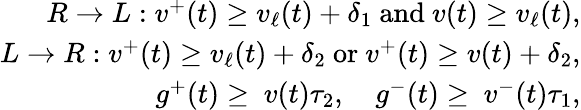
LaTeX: \begin{array}{r}{R\rightarrow L:v^{+}(t)\geq v_{\ell}(t)+\delta_{1}\ \mathrm{and}\ v(t)\geq v_{\ell}(t),}\\ {L\rightarrow R:v^{+}(t)\geq v_{\ell}(t)+\delta_{2}\ \mathrm{or}\ v^{+}(t)\geq v(t)+\delta_{2},}\\ {g^{+}(t)\geq\ v(t)\tau_{2},\quad g^{-}(t)\geq\ v^{-}(t)\tau_{1},}\end{array}